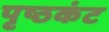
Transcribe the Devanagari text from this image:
पृष्ठकंट